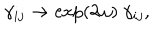
LaTeX: \gamma _ { i j } \to \exp ( 2 \omega ) \ \gamma _ { i j } ,